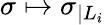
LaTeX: \sigma\mapsto\sigma_{|L_{i}}